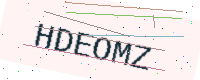
Text: HDEOMZ